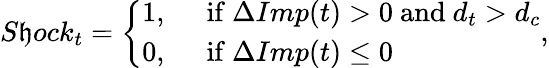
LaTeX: S\mathfrak{h}ock_{t}=\left\{ \begin{array}{ll}{1,}&{~~{\mathrm{if}}~\Delta Imp(t)>0~{\mathrm{and}}~d_{t}>d_{c}}\\ {0,}&{~~{\mathrm{if}}~\Delta Imp(t)\le 0}\end{array}\right.,